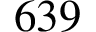
6 3 9